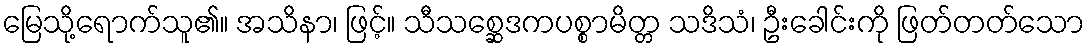
မြေသို့ရောက်သူ၏။ အသိနာ၊ ဖြင့်။ သီသစ္ဆေဒကပစ္စာမိတ္တ သဒိသံ၊ ဦးခေါင်းကို ဖြတ်တတ်သော